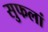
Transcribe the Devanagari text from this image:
सुफलां